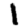
Digit: 1